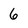
Character: 6